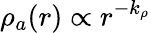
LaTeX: \rho_{a}(r)\propto r^{-k_{\rho}}